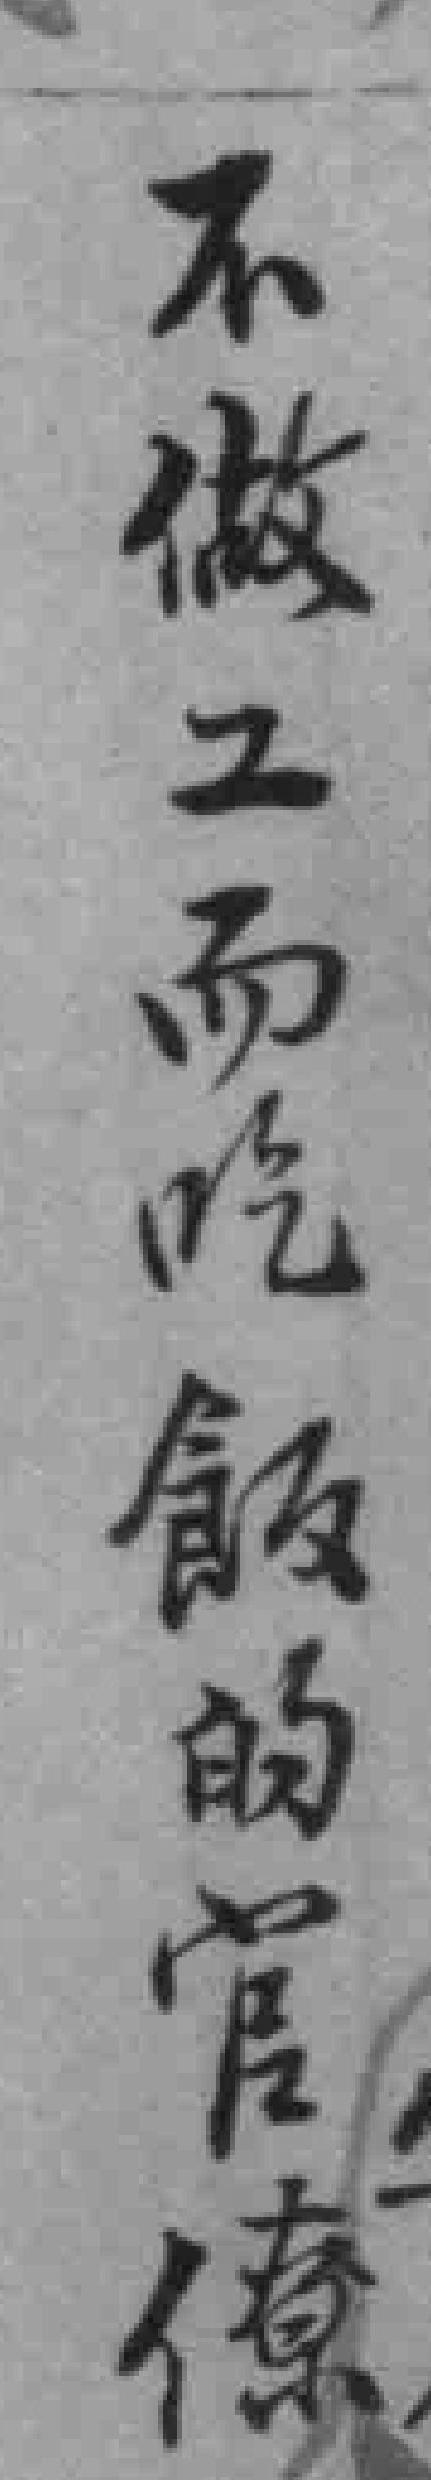
不做工而吃飯的官僚